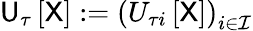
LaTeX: \mathsf{U}_{\tau}\left[\sf X\right]:=\left(U_{\tau i}\left[\sf X\right]\right)_{i\in\mathcal{I}}